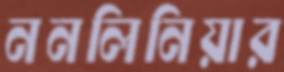
ননলিনিয়ার